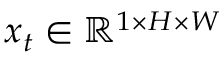
\boldsymbol { x } _ { t } \in \mathbb { R } ^ { 1 \times H \times W }